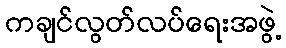
ကချင်လွတ်လပ်ရေးအဖွဲ့